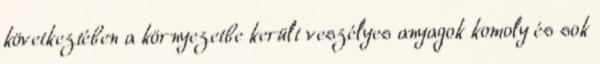
következtében a környezetbe került veszélyes anyagok komoly és sok